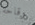
وقاحة